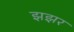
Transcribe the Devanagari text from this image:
झझर